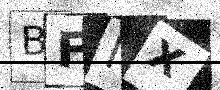
Text: BFMX